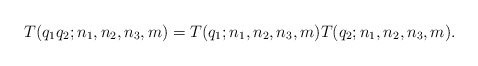
\begin{align*}T(q_1q_2;n_1,n_2,n_3,m)=T(q_1;n_1,n_2,n_3,m)T(q_2;n_1,n_2,n_3,m).\end{align*}